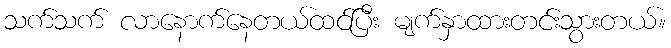
သက်သက် လာနောက်နေတယ်ထင်ပြီး မျက်နှာထားတင်းသွားတယ်။